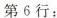
第6行：